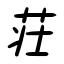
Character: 荘